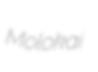
Molokai